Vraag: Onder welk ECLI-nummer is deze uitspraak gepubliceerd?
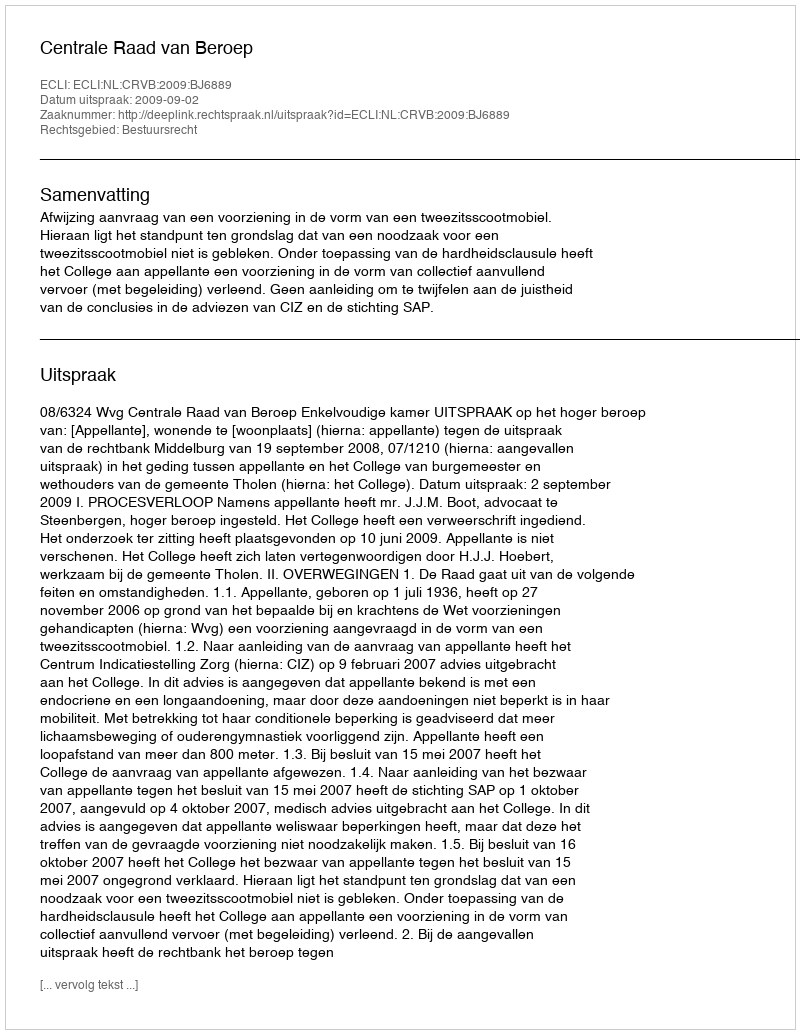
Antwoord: ECLI:NL:CRVB:2009:BJ6889